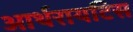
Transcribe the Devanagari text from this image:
आर्थरायटिस